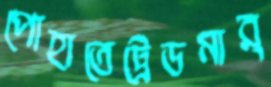
পোহাতেট্রেডমার্